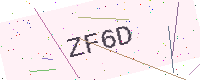
Text: ZF6D